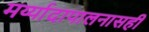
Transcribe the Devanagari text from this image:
मर्य्यादापालनासही